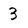
Character: 3